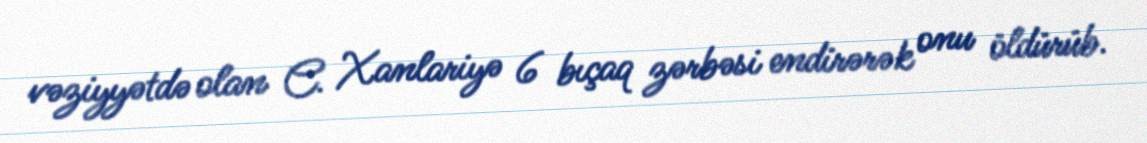
vəziyyətdə olan C. Xanlariyə 6 bıçaq zərbəsi endirərək onu öldürüb.